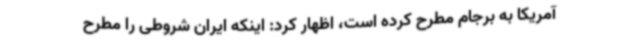
آمریکا به برجام مطرح کرده است، اظهار کرد: اینکه ایران شروطی را مطرح